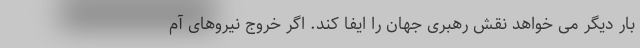
بار دیگر می خواهد نقش رهبری جهان را ایفا کند. اگر خروج نیروهای آم